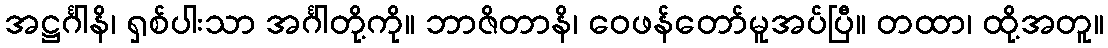
အဋ္ဌင်္ဂါနိ၊ ရှစ်ပါးသာ အင်္ဂါတို့ကို။ ဘာဇိတာနိ၊ ဝေဖန်တော်မူအပ်ပြီ။ တထာ၊ ထို့အတူ။